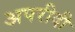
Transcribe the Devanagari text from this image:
अपरीदी